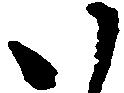
い